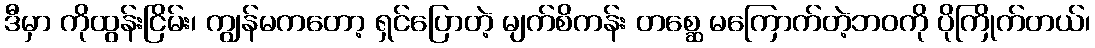
ဒီမှာ ကိုထွန်းငြိမ်း၊ ကျွန်မကတော့ ရှင်ပြောတဲ့ မျက်စိကန်း တစ္ဆေ မကြောက်တဲ့ဘဝကို ပိုကြိုက်တယ်၊